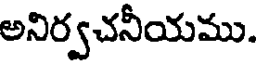
అనిర్వచనీయము.